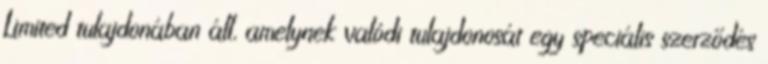
Limited tulajdonában áll, amelynek valódi tulajdonosát egy speciális szerződés